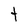
Character: t